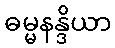
ဓမ္မနန္ဒိယာ